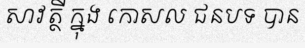
សាវត្ថី ក្នុង កោសល ជនបទ បាន